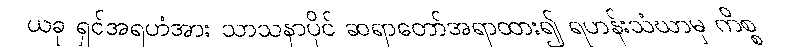
ယခု ရှင်အရဟံအား သာသနာပိုင် ဆရာတော်အရာထား၍ ရဟန်းသံဃာမှ ကိစ္စ